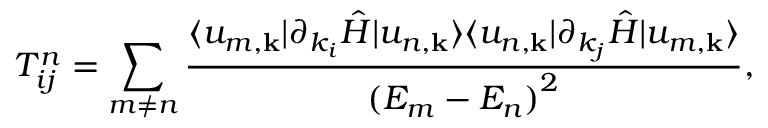
T _ { i j } ^ { n } = \sum _ { m \neq n } \frac { \langle u _ { m , \mathbf { k } } | \partial _ { k _ { i } } \hat { H } | u _ { n , \mathbf { k } } \rangle \langle u _ { n , \mathbf { k } } | \partial _ { k _ { j } } \hat { H } | u _ { m , \mathbf { k } } \rangle } { { ( E _ { m } - E _ { n } ) } ^ { 2 } } ,